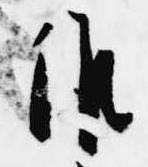
候